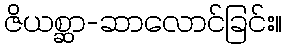
ဇိယစ္ဆာ-ဆာလောင်ခြင်း။